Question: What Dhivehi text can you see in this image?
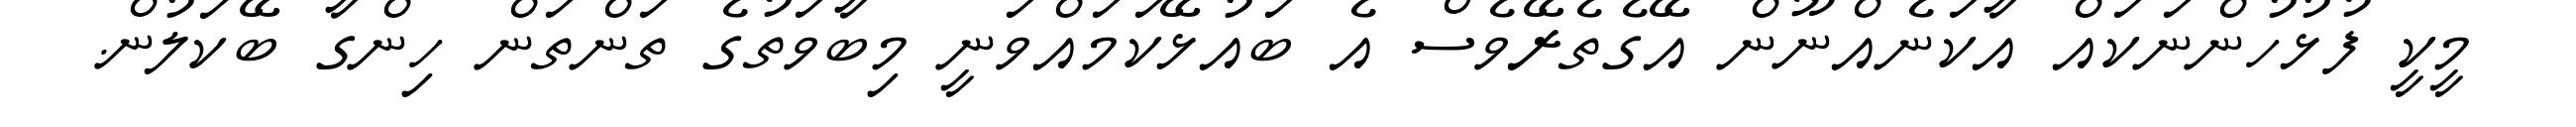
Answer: މީކީ ފުޅުހުންނަކައް އާކަނެއްނޫން އޭގެތެރޭވެސް އެ ބައުޅޭކަމައްވަނީ މިބާވަތުގެ ތަންތަން ހިންގާ ބޭކަލުން.